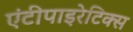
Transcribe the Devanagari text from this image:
एंटीपाइरेटिक्स